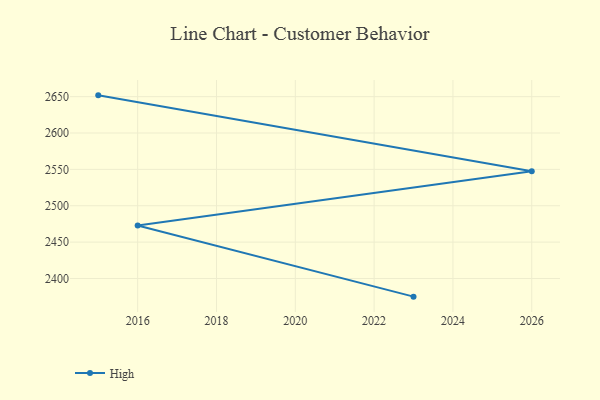
{"axis": {"x": "Year", "y": "Humidity (%)"}, "legend": ["High"], "data": [{"x": "2023", "y": 2375.0, "type": "High"}, {"x": "2016", "y": 2472.8, "type": "High"}, {"x": "2026", "y": 2547.4, "type": "High"}, {"x": "2015", "y": 2651.8, "type": "High"}]}